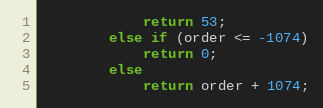
Language: C
            return 53;
        else if (order <= -1074)
            return 0;
        else
            return order + 1074;